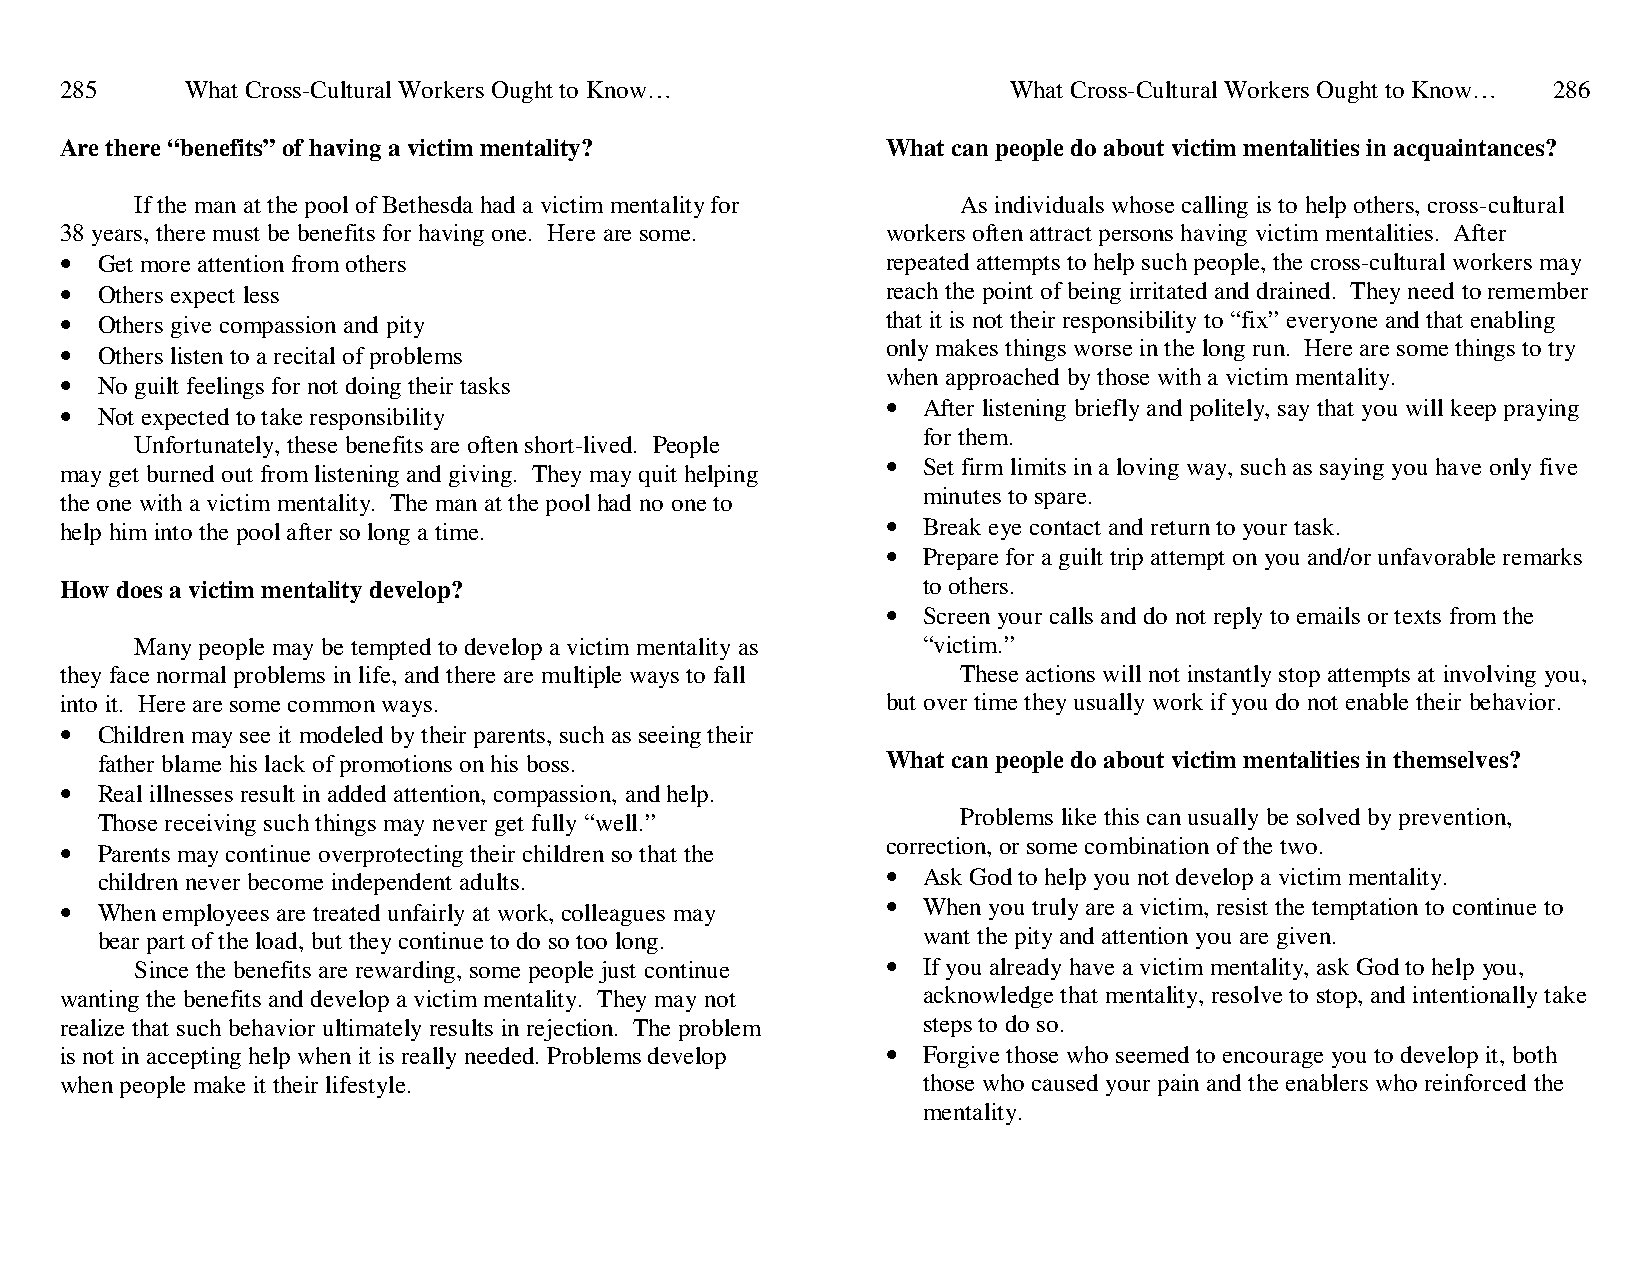
285     What Cross-Cultural Workers Ought to Know…             What Cross-Cultural Workers Ought to Know… 286
 Are there “benefits” of having a victim mentality?     What can people do about victim mentalities in acquaintances?
 If the man at the pool of Bethesda had a victim mentality for As individuals whose calling is to help others, cross-cultural
 38 years, there must be benefits for having one. Here are some. workers often attract persons having victim mentalities. After
 • Get more attention from others                       repeated attempts to help such people, the cross-cultural workers may
 • Others expect less                                   reach the point of being irritated and drained. They need to remember
 • Others give compassion and pity                      that it is not their responsibility to “fix” everyone and that enabling
 • Others listen to a recital of problems               only makes things worse in the long run. Here are some things to try
 • No guilt feelings for not doing their tasks          when approached by those with a victim mentality.
 • Not expected to take responsibility                  • After listening briefly and politely, say that you will keep praying
 for them.
 Unfortunately, these benefits are often short-lived. People
 • Set firm limits in a loving way, such as saying you have only five
 may get burned out from listening and giving. They may quit helping
 minutes to spare.
 the one with a victim mentality. The man at the pool had no one to
 help him into the pool after so long a time.           • Break eye contact and return to your task.
 • Prepare for a guilt trip attempt on you and/or unfavorable remarks
 How does a victim mentality develop?                     to others.
 • Screen your calls and do not reply to emails or texts from the
 Many people may be tempted to develop a victim mentality as “victim.”
 they face normal problems in life, and there are multiple ways to fall These actions will not instantly stop attempts at involving you,
 into it. Here are some common ways.                    but over time they usually work if you do not enable their behavior.
 • Children may see it modeled by their parents, such as seeing their
 father blame his lack of promotions on his boss.     What can people do about victim mentalities in themselves?
 • Real illnesses result in added attention, compassion, and help.
 Those receiving such things may never get fully “well.”   Problems like this can usually be solved by prevention,
 • Parents may continue overprotecting their children so that the correction, or some combination of the two.
 children never become independent adults.            • Ask God to help you not develop a victim mentality.
 • When employees are treated unfairly at work, colleagues may • When you truly are a victim, resist the temptation to continue to
 bear part of the load, but they continue to do so too long. want the pity and attention you are given.
 Since the benefits are rewarding, some people just continue • If you already have a victim mentality, ask God to help you,
 wanting the benefits and develop a victim mentality. They may not acknowledge that mentality, resolve to stop, and intentionally take
 realize that such behavior ultimately results in rejection. The problem steps to do so.
 is not in accepting help when it is really needed. Problems develop • Forgive those who seemed to encourage you to develop it, both
 when people make it their lifestyle.                     those who caused your pain and the enablers who reinforced the
 mentality.